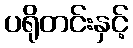
ပရိုတင်းနှင့်